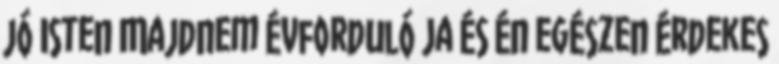
jó Isten Majdnem évforduló Ja és én egészen érdekes